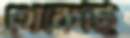
থেকেছি